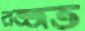
রজ্জত